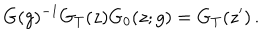
G ( g ) ^ { - 1 } G _ { T } ( z ) G _ { 0 } ( z ; g ) = G _ { T } ( z ^ { \prime } ) \, .